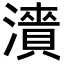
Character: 𬉓